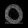
Digit: ၀